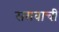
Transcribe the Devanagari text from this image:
सरावाची